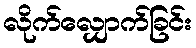
လိုက်လျှောက်ခြင်း